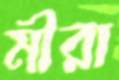
মীরা